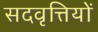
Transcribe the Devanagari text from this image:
सदवृत्तियों